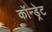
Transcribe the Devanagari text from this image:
कॉन्ड्रेट